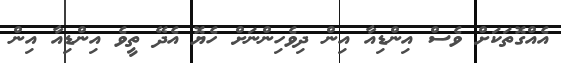
އެއްގޮތަކަށް ވެސް އިންޑިއާ އިން ދިވެހިންނަށް ހެޔޮ އެދޭ ތީވެ އިންޑިއާ އިން